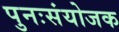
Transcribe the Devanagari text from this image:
पुनःसंयोजक